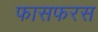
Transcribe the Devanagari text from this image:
फासफरस